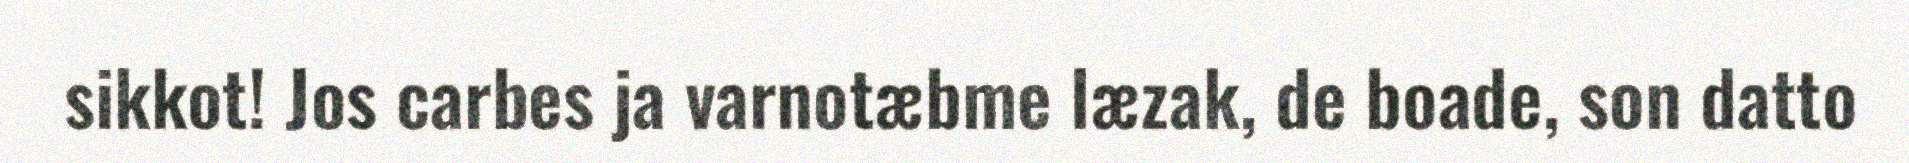
sikkot! Jos carbes ja varnotæbme læzak, de boade, son datto